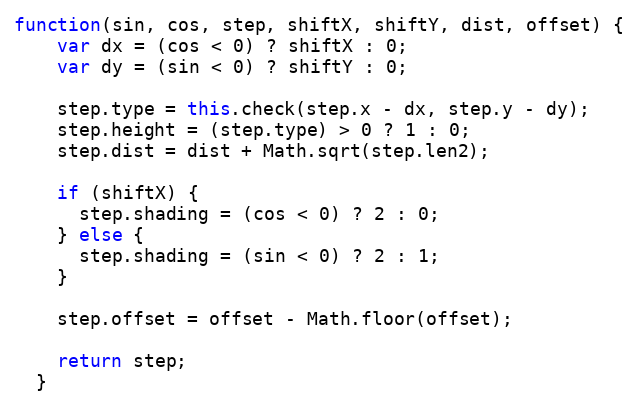
Language: JavaScript
function(sin, cos, step, shiftX, shiftY, dist, offset) {
    var dx = (cos < 0) ? shiftX : 0;
    var dy = (sin < 0) ? shiftY : 0;

    step.type = this.check(step.x - dx, step.y - dy);
    step.height = (step.type) > 0 ? 1 : 0;
    step.dist = dist + Math.sqrt(step.len2);

    if (shiftX) {
      step.shading = (cos < 0) ? 2 : 0;
    } else {
      step.shading = (sin < 0) ? 2 : 1;
    }

    step.offset = offset - Math.floor(offset);

    return step;
  }